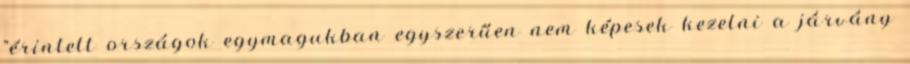
"érintett országok egymagukban egyszerűen nem képesek kezelni a járvány